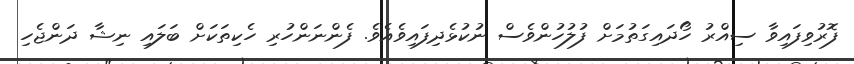
ފޮރުވިފައިވާ ސިއްރު ހޯދައިގަތުމަށް ފުލުހުންވެސް ނުކުޅެދިފައިވެއެވެ. ފެންނަންހުރި ހެކިތަކަށް ބަލައި ނިޝާ ދަންޖެހި